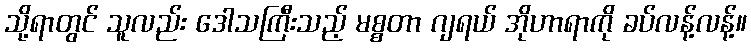
သို့ရာတွင် သူလည်း ဒေါသကြီးသည့် မစ္စတာ ဂျရယ် အိုဟာရာကို ခပ်လန့်လန့်။